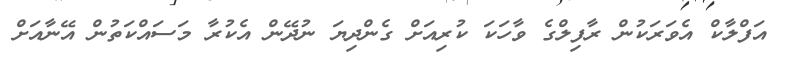
އަފްލާކް އެވަރަކުން ރާފިލްގެ ވާހަކަ ކުރިއަށް ގެންދިޔަ ނުދޭން އެކުރާ މަސައްކަތުން އޭނާއަށް